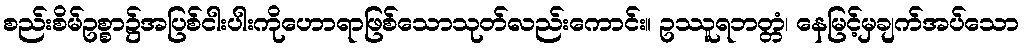
စည်းစိမ်ဥစ္စာ၌အပြစ်ငါးပါးကိုဟောရာဖြစ်သောသုတ်လည်းကောင်း။ ဥဿူရဘတ္တံ၊ နေမြင့်မှချက်အပ်သော